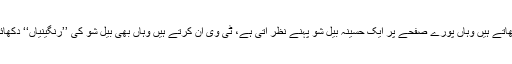
آپ اخبار اٹھاتے ہیں وہاں پورے صفحے پر ایک حسینہ بیل شو پہنے نظر آتی ہے، ٹی وی آن کرتے ہیں وہاں بھی بیل شو کی ’’رنگینیاں‘‘ دکھائی دیتی ہیں۔